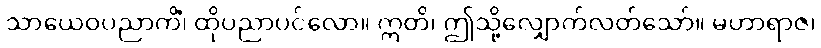
သာယေဝပညာကိံ၊ ထိုပညာပင်လော။ ဣတိ၊ ဤသို့လျှောက်လတ်သော်။ မဟာရာဇ၊